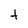
Character: t